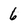
Character: 6